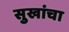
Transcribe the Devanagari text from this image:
सुखांचा